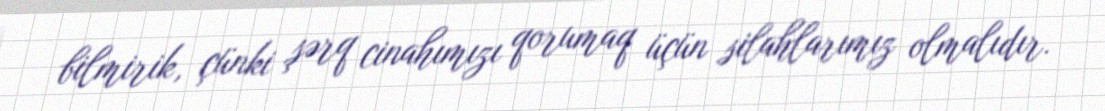
bilmirik, çünki şərq cinahımızı qorumaq üçün silahlarımız olmalıdır.